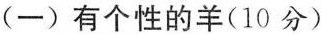
(一)有个性的羊(10分)